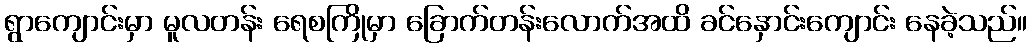
ရွာကျောင်းမှာ မူလတန်း ရေစကြိုမှာ ခြောက်တန်းလောက်အထိ ခင်နှောင်းကျောင်း နေခဲ့သည်။